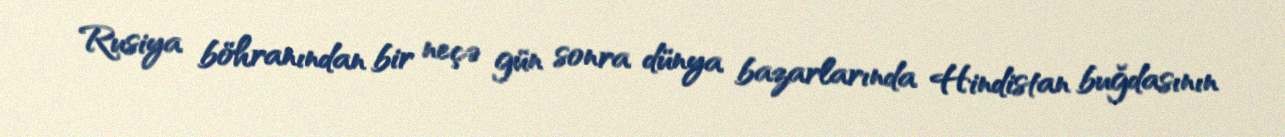
Rusiya böhranından bir neçə gün sonra dünya bazarlarında Hindistan buğdasının